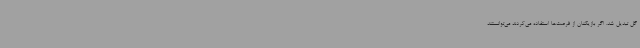
گل تبدیل شد. اگر بازیکنان از فرصت‌ها استفاده می‌کردند می‌توانستند